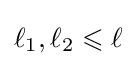
\ell _{1},\ell _{2}\leqslant \ell